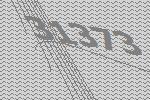
31373